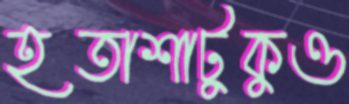
হতাশাটুকুও